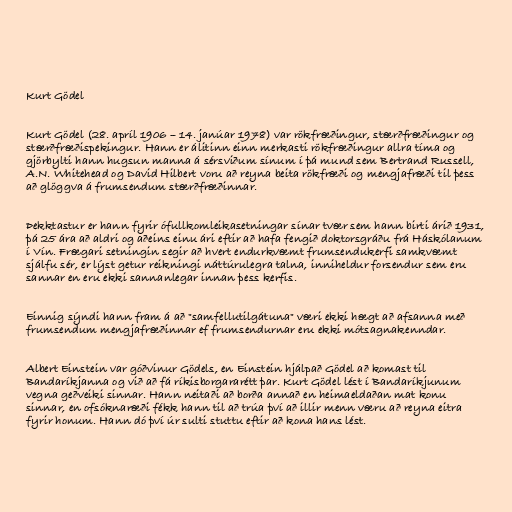
Kurt Gödel

Kurt Gödel (28. apríl 1906 – 14. janúar 1978) var rökfræðingur, stærðfræðingur og
stærðfræðispekingur. Hann er álitinn einn merkasti rökfræðingur allra tíma og
gjörbylti hann hugsun manna á sérsviðum sínum í þá mund sem Bertrand Russell,
A.N. Whitehead og David Hilbert voru að reyna beita rökfræði og mengjafræði til þess
að glöggva á frumsendum stærðfræðinnar.

Þekktastur er hann fyrir ófullkomleikasetningar sínar tvær sem hann birti árið 1931,
þá 25 ára að aldri og aðeins einu ári eftir að hafa fengið doktorsgráðu frá Háskólanum
í Vín. Frægari setningin segir að hvert endurkvæmt frumsendukerfi samkvæmt
sjálfu sér, er lýst getur reikningi náttúrulegra talna, inniheldur forsendur sem eru
sannar en eru ekki sannanlegar innan þess kerfis.

Einnig sýndi hann fram á að "samfellutilgátuna" væri ekki hægt að afsanna með
frumsendum mengjafræðinnar ef frumsendurnar eru ekki mótsagnakenndar.

Albert Einstein var góðvinur Gödels, en Einstein hjálpað Gödel að komast til
Bandaríkjanna og við að fá ríkisborgararétt þar. Kurt Gödel lést í Bandaríkjunum
vegna geðveiki sinnar. Hann neitaði að borða annað en heimaeldaðan mat konu
sinnar, en ofsóknaræði fékk hann til að trúa því að illir menn væru að reyna eitra
fyrir honum. Hann dó því úr sulti stuttu eftir að kona hans lést.